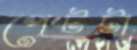
পেটটা